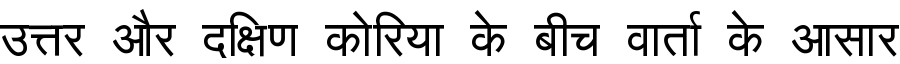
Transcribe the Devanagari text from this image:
उत्तर और दक्षिण कोरिया के बीच वार्ता के आसार